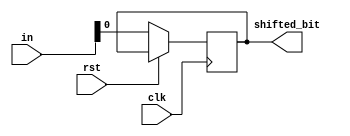
//////////////////////////////////////////////////////////////////////////////////
// Company: 
// Engineer: 
// 
// Design Name: 
// Module Name: RIGHT_SHIFT_REGISTER
// Project Name: 
// Target Devices: 
// Tool Versions: 
// Description: 
// 
// Dependencies: 
// 
// Revision:
// Revision 0.01 - File Created
// Additional Comments:
// 
//////////////////////////////////////////////////////////////////////////////////


module right_shift_register #(parameter WL = 4)
                            (input clk,rst,
                            input [WL - 1:0] in,
                            output reg shifted_bit);
    reg [WL - 1:0] tmp;

    always @(posedge clk) begin
        if (rst) tmp <= 0;  //load data into shifted_reg
        
        else begin
            tmp <= {tmp,in[WL-1:1]};
            shifted_bit <= in[0];  
        end
    end
endmodule